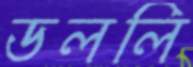
ডললি